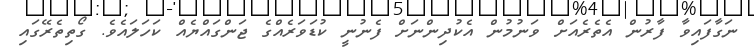
ނަގާފައިވާ ފާރުން އެތެރެއަށް ވަނުމުން އެކުދިންނަށް ފެނުނީ ކުޑަވަރެއްގެ ޖަންގައްޔެއް ކަހަލައެވެ. ގޯތިތެރޭގައި